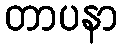
တာပနာ